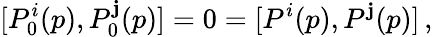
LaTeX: [P_{0}^{i}(p),P_{0}^{\mathbf{j}}(p)]=0=[P^{i}(p),P^{\mathbf{j}}(p)]\, ,